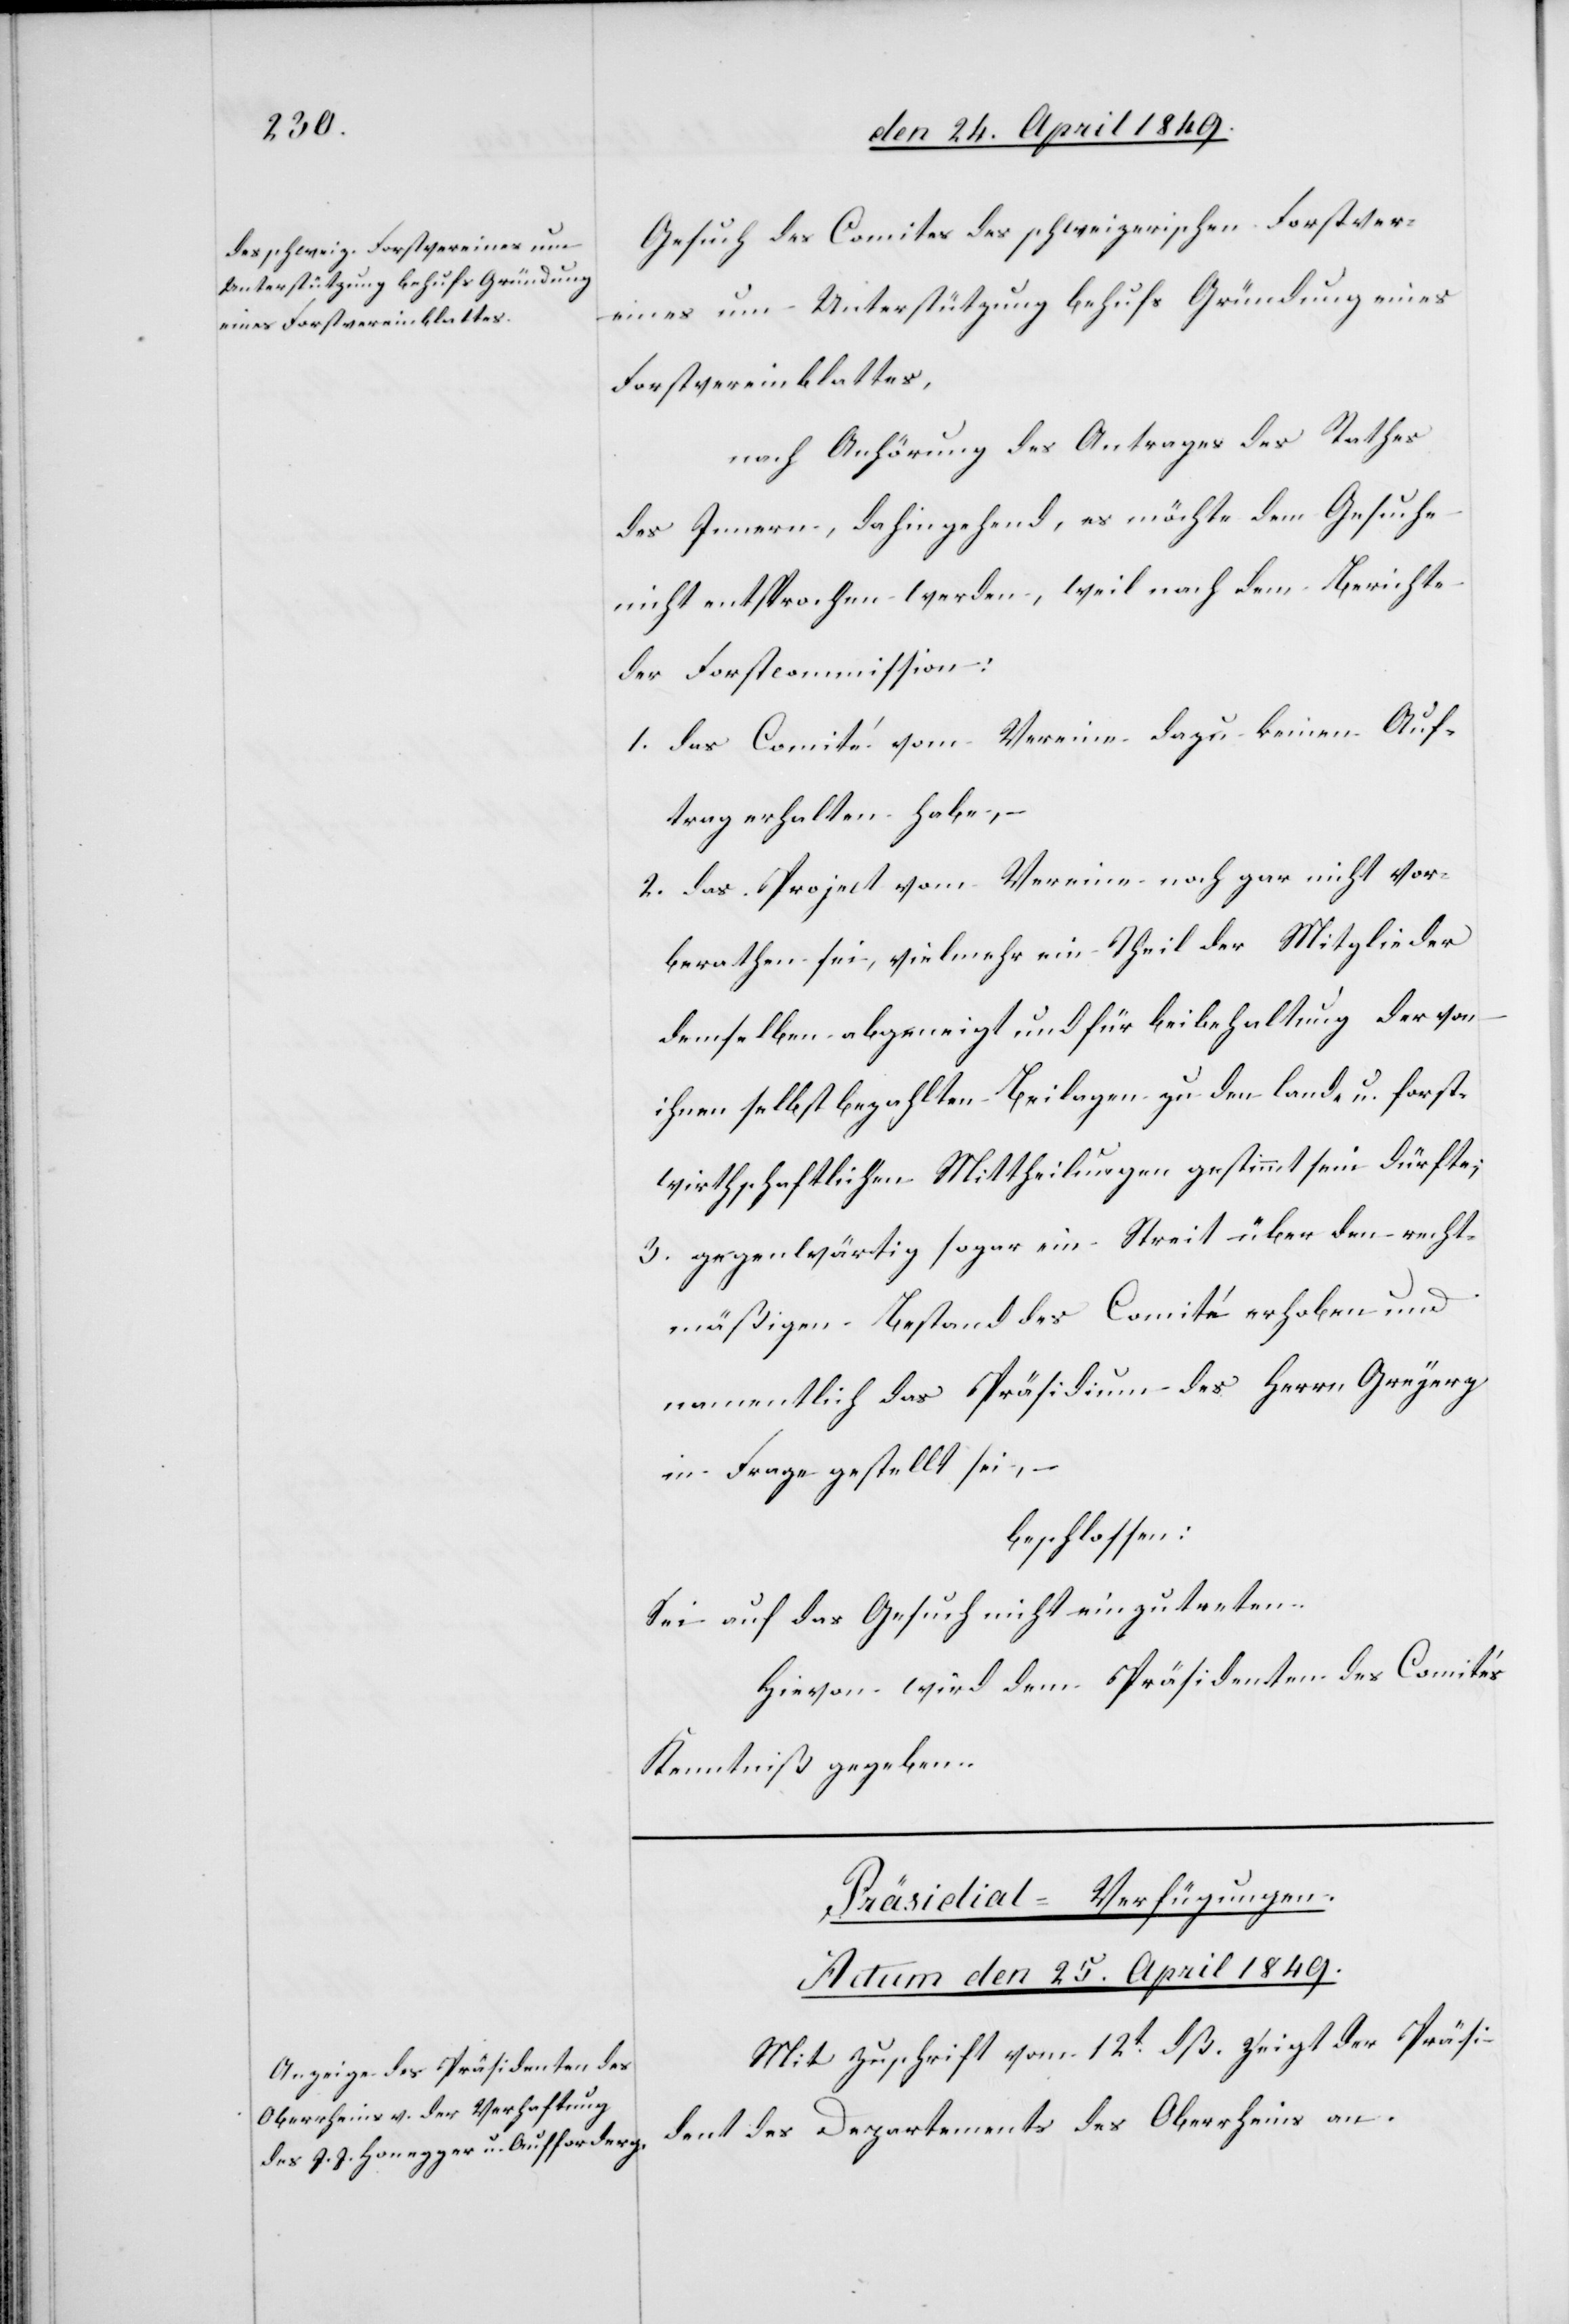
Gesuch des Comites des schweizerischen Forstver¬
eines um Unterstützung behufs Gründung eines
Forstvereinblattes,
nach Anhörung des Antrages des Rathes
des Innern, dahingehend, es möchte dem Gesuche
nicht entsprochen werden, weil nach dem Berichte
der Forstcommission:
1. das Comité vom Vereine dazu keinen Auf¬
trag erhalten habe,
2. das Project vom Vereine noch gar nicht vor¬
berathen sei, vielmehr ein Theil der Mitglieder
demselben abgeneigt und für Beibehaltung der von
ihnen selbst bezahlten Beilagen zu den land- u. forst¬
wirthschaftlichen Mittheilungen gestimmt sein dürfte;
3. gegenwärtig sogar im Streit über den recht¬
mäßigen Bestand des Comité erhoben und
namentlich das Präsidium des Herrn Greyerz
in Frage gestellt sei, –
beschlossen:
Sei auf das Gesuch nicht einzutreten.
Hievon wird dem Präsidenten des Comités
Kenntniß gegeben.
Präsidial-Verfügungen.
Actum den 25. April 1849.
Mit Zuschrift vom 12t dß. zeigt der Präsi¬
dent des Departements des Oberheims an.